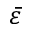
\Bar { \varepsilon }